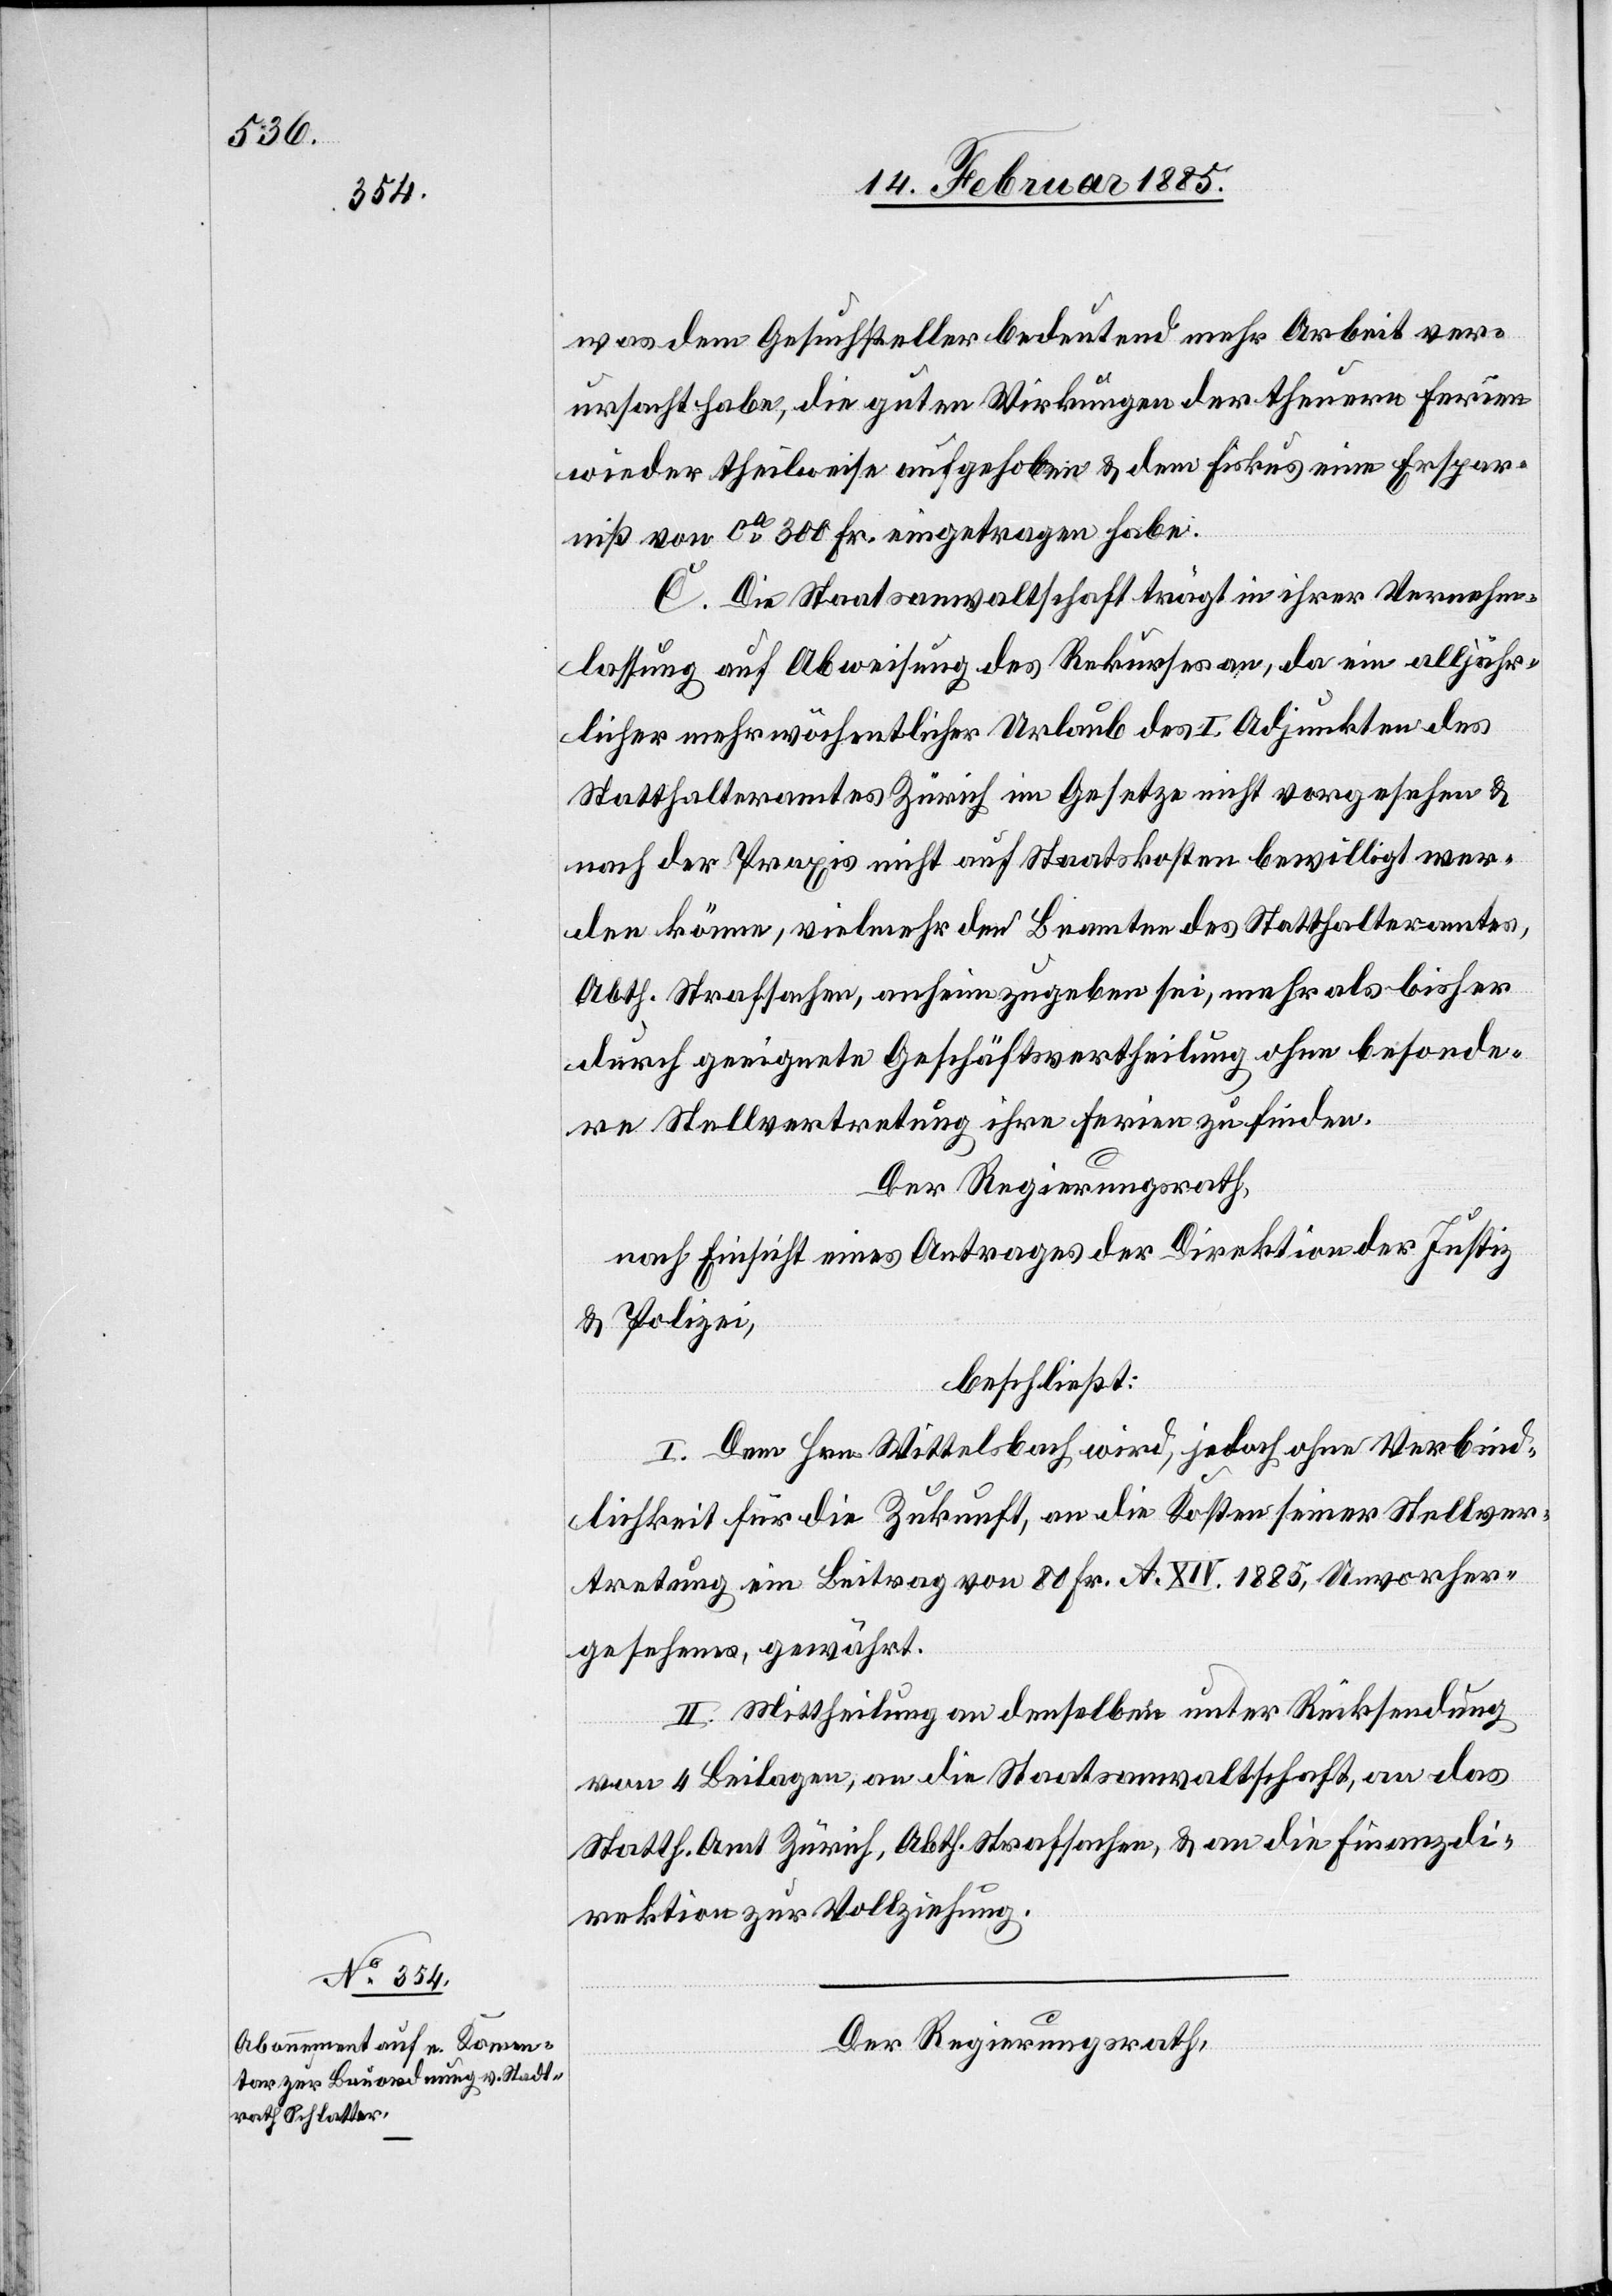
Der Regierungsrath,